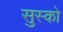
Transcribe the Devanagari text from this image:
सुस्को